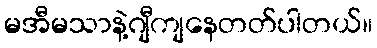
မအီမသာနဲ့ဂျီကျနေတတ်ပါတယ်။